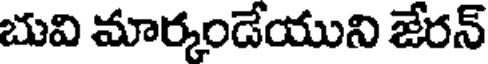
బువి మార్కండేయుని జేరన్